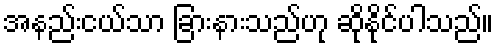
အနည်းငယ်သာ ခြားနားသည်ဟု ဆိုနိုင်ပါသည်။